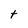
Character: t